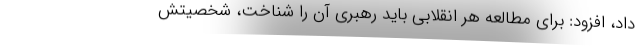
داد، افزود: برای مطالعه هر انقلابی باید رهبری آن را شناخت، شخصیتش